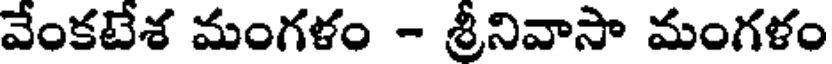
వేంకటేశ మంగళం - శ్రీనివాసా మంగళం